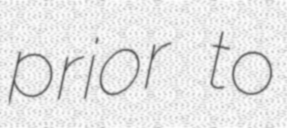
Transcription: prior to